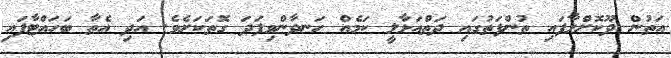
އަތުން ދޫކޮށްލާފައި ތުންފަތުގައި ދަތްއަޅާލީ ކަމެއް ހަނދާންވިފަދަ ގޮތަކަށެވެ. އަދި އެތާ ބަހައްޓާފައި